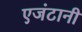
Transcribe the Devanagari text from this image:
एजंटानी